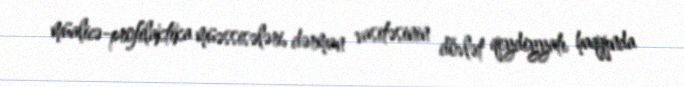
müalicə-profilaktika müəssisələri, dərman vasitəsinin dövlət qeydiyyatı haqqında